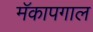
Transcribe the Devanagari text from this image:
मॅकापगाल